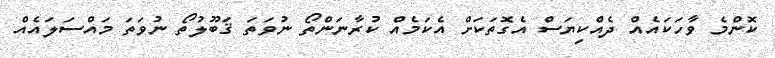
ކޮންމެ ވާހަކައެއް ދެއްކިޔަސް އެގޮތަކަށް އެކަމެއް ކުރާނަންތޯ ނުވަތަ ޤަބޫލުތޯ ނުވަތަ މައްސަލައެއް